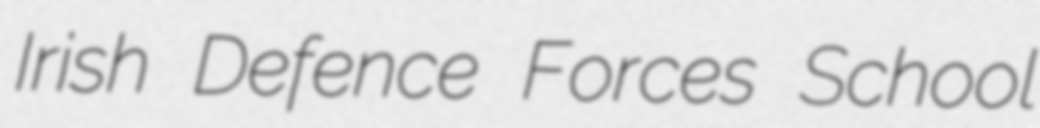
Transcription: Irish Defence Forces School